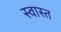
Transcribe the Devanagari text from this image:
स्वास्त